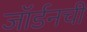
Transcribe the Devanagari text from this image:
जॉर्डनची